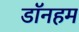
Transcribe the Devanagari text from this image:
डॉनहम